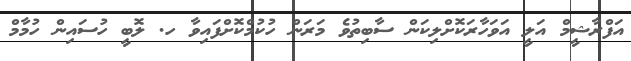
އަފްރާޝީމް އަލީ އަވަހާރަކޮށްލިކަން ސާބިތުވެ މަރަން ހުކުމްކޮށްފައިވާ ހ. ލޮބީ ހުސައިން ހުމާމް